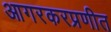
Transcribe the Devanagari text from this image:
आगरकरप्रणीत